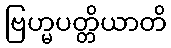
ဗြဟ္မပတ္တိယာတိ